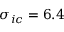
\sigma _ { i c } = 6 . 4